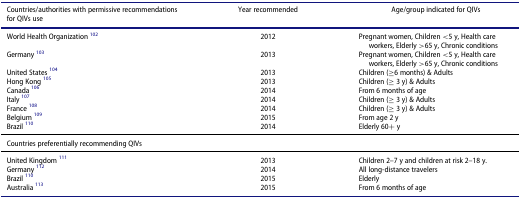
<table><thead><tr><td><b>Countries/authorities with permissive recommendations for QIVs use</b></td><td><b>Year recommended</b></td><td><b>Age/group indicated for QIVs</b></td></tr></thead><tbody><tr><td>World Health Organization <sup>102</sup></td><td>2012</td><td>Pregnant women, Children &lt;5 y, Health care workers, Elderly &gt;65 y, Chronic conditions</td></tr><tr><td>Germany <sup>103</sup></td><td>2013</td><td>Pregnant women, Children &lt;5 y, Health care workers, Elderly &gt;65 y, Chronic conditions</td></tr><tr><td>United States <sup>104</sup></td><td>2013</td><td>Children (≥6 months) &amp; Adults</td></tr><tr><td>Hong Kong <sup>105</sup></td><td>2013</td><td>Children (≥ 3 y) &amp; Adults</td></tr><tr><td>Canada <sup>106</sup></td><td>2014</td><td>From 6 months of age</td></tr><tr><td>Italy <sup>107</sup></td><td>2014</td><td>Children (≥ 3 y) &amp; Adults</td></tr><tr><td>France <sup>108</sup></td><td>2014</td><td>Children (≥ 3 y) &amp; Adults</td></tr><tr><td>Belgium <sup>109</sup></td><td>2015</td><td>From age 2 y</td></tr><tr><td>Brazil <sup>110</sup></td><td>2014</td><td>Elderly 60+ y</td></tr><tr><td>Countries preferentially recommending QIVs</td><td> </td><td> </td></tr><tr><td>United Kingdom <sup>111</sup></td><td>2013</td><td>Children 2–7 y and children at risk 2–18 y.</td></tr><tr><td>Germany <sup>112</sup></td><td>2014</td><td>All long-distance travelers</td></tr><tr><td>Brazil <sup>110</sup></td><td>2015</td><td>Elderly</td></tr><tr><td>Australia <sup>113</sup></td><td>2015</td><td>From 6 months of age</td></tr></tbody></table>